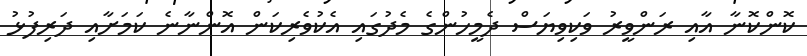
ކޮންކޮނާ އާއި ރަންވީރު ވަކިވިޔަސް ދެމީހުންގެ މެދުގައި އެކުވެރިކަން އޮންނާނެ ކަމަށާއި ދަރިފުޅު